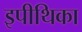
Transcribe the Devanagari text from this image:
इपीथिका